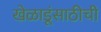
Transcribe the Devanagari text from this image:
खेळाडूंसाठीची